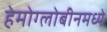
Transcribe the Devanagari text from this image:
हेमोग्लोबीनमध्ये